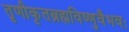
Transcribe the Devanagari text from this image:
तृणीकृतब्रह्मविष्णुवैभवः